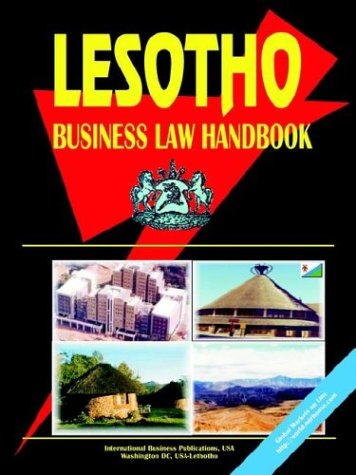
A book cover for Lesotho Business Law Handbook; Ibp Usa; Travel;